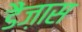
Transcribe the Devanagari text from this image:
डैंज़ास